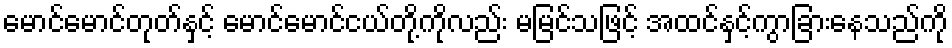
မောင်မောင်တုတ်နှင့် မောင်မောင်ငယ်တို့ကိုလည်း မမြင်သဖြင့် အထင်နှင့်ကွာခြားနေသည်ကို